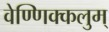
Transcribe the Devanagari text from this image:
वेण्णिक्कलुम्